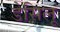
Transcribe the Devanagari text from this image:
डेसिलू